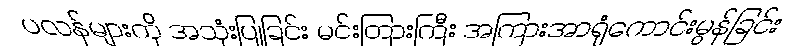
ပလန်များကို အသုံးပြုခြင်း မင်းတြားကြီး အကြားအာရုံကောင်းမွန်ခြင်း